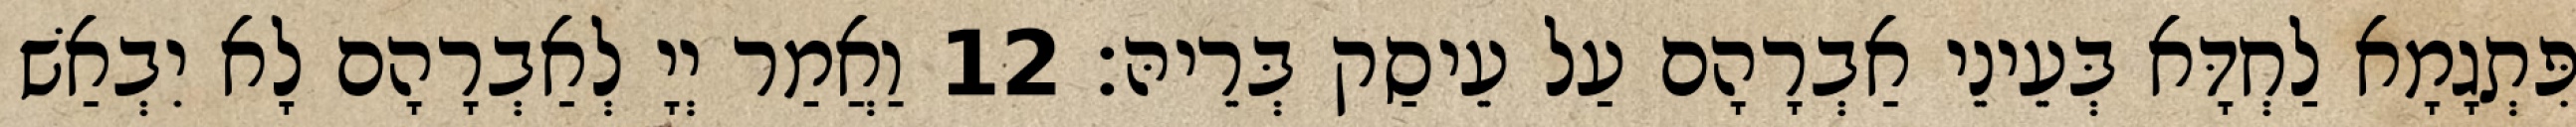
פִּתְגָמָא לַחְדָּא בְּעֵינֵי אַבְרָהָם עַל עֵיסַק בְּרֵיהּ׃ 12 וַאֲמַר יְיָ לְאַבְרָהָם לָא יִבְאַשׁ